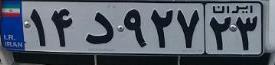
۱۴د۹۲۷۲۳